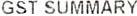
GST SUMMARY